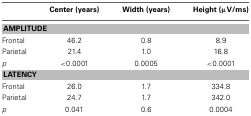
<table><thead><tr><td></td><td><b>Center (years)</b></td><td><b>Width (years)</b></td><td><b>Height (μV/ms)</b></td></tr></thead><tbody><tr><td colspan="4"><b>AMPLITUDE</b></td></tr><tr><td>Frontal</td><td>46.2</td><td>0.8</td><td>8.9</td></tr><tr><td>Parietal</td><td>21.4</td><td>1.0</td><td>16.8</td></tr><tr><td><i>p</i></td><td>&lt;0.0001</td><td>0.0005</td><td>&lt;0.0001</td></tr><tr><td colspan="4"><b>LATENCY</b></td></tr><tr><td>Frontal</td><td>26.0</td><td>1.7</td><td>334.8</td></tr><tr><td>Parietal</td><td>24.7</td><td>1.7</td><td>342.0</td></tr><tr><td><i>p</i></td><td>0.041</td><td>0.6</td><td>0.0004</td></tr></tbody></table>